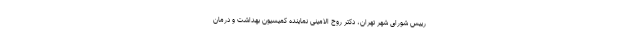
رییس شورای شهر تهران، دکتر روح الامینی نماینده کمیسیون بهداشت و درمان